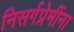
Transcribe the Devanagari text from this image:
निसर्गप्रेमींना